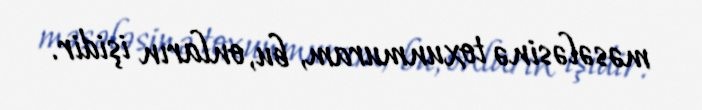
məsələsinə toxunmuram, bu, onların işidir.